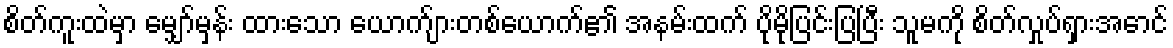
စိတ်ကူးထဲမှာ မျှော်မှန်း ထားသော ယောက်ျားတစ်ယောက်၏ အနမ်းထက် ပိုမိုပြင်းပြပြီး သူမကို စိတ်လှုပ်ရှားအောင်